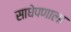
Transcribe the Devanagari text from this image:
साधेपणाला